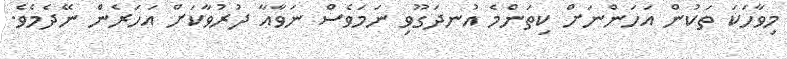
މިވާހަކަ ތަކުން އަހަންނަށް ކިތަންމެ އުނދަގޫވި ނަމަވެސް ނަވާއާ ދުރުވާކަށް އަހަރެން ނޭދެމެވެ.